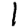
Digit: 1